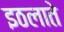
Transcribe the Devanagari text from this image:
इठलाते